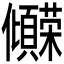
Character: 𫤒